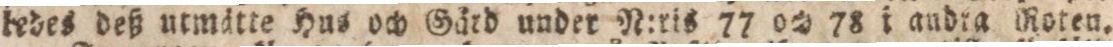
ledes deß utmätte Hus och Gärd under N:ris 77 och 78 i andra Roten.